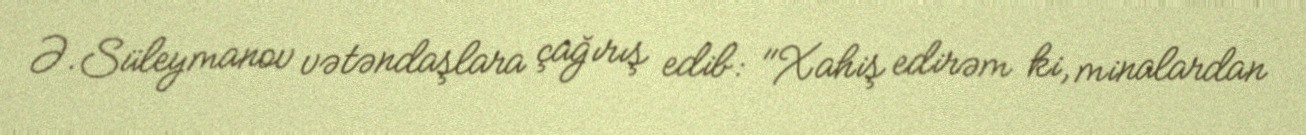
Ə.Süleymanov vətəndaşlara çağırış edib: "Xahiş edirəm ki, minalardan